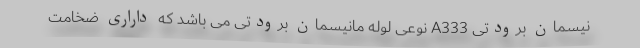
نیسمان برودتی A333 نوعی لوله مانیسمان برودتی می باشد که داراری ضخامت